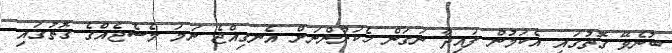
ބުނެވޭ ގޮތުގައި އެކަމުން ފައިދާ ނަގަން ހެކަރުންނަށް އެނގިއްޖެ ނަމަ މެސެޖެއްގެ ގޮތުގައި